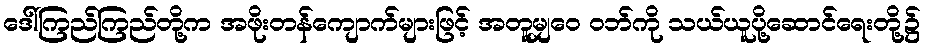
ဒေါ်ကြည်ကြည်တို့က အဖိုးတန်ကျောက်များဖြင့် အတူမျှဝေ ဝဘ်ကို သယ်ယူပို့ဆောင်ရေးတို့၌